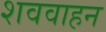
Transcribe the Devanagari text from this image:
शववाहन